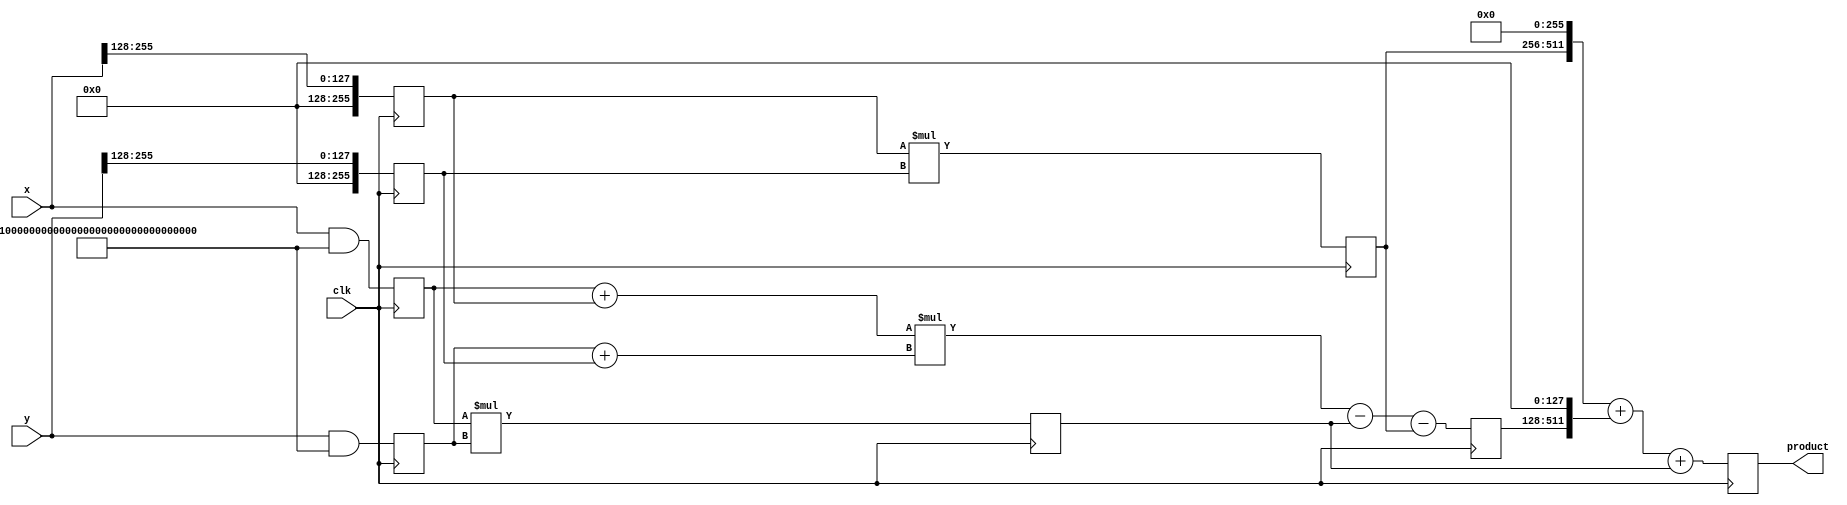
`timescale 1ns / 1ps
//////////////////////////////////////////////////////////////////////////////////
// Company: 
// Engineer: 
// 
// Design Name: 
// Module Name: karatsuba256
// Project Name: 
// Target Devices: 
// Tool Versions: 
// Description: 
// 
// Dependencies: 
// 
// Revision:
// Revision 0.01 - File Created
// Additional Comments:
// 
//////////////////////////////////////////////////////////////////////////////////

(* use_dsp = "yes" *)
module karatsuba256(
        input wire clk,
        input wire [255:0] x,
        input wire [255:0] y,
        output reg [511:0] product
    );
    
    parameter HALF_BITS = 128; // 256 bit input means 128 bits for half
    reg [255:0] z0, z2;
    reg [383:0] z1;
    reg [255:0] low1, high1, low2, high2;
    
    always @(posedge clk) begin
        // Split the numbers into halves
        low1 <= x & ((1 << HALF_BITS) - 1);
        low2 <= y & ((1 << HALF_BITS) - 1);
        high1 <= x >> HALF_BITS;
        high2 <= y >> HALF_BITS;
    
        // Recursive steps
        z0 <= low1 * low2;
        z1 <= (low1 + high1) * (low2 + high2) - z0 - z2;
        z2 <= high1 * high2;
    
        // Combine results using the Karatsuba formula
        product <= (z2 << (2 * HALF_BITS)) + (z1 << HALF_BITS) + z0;
    end
endmodule